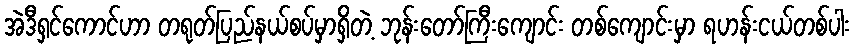
အဲဒီရှင်ကောင်ဟာ တရုတ်ပြည်နယ်စပ်မှာရှိတဲ့ ဘုန်းတော်ကြီးကျောင်း တစ်ကျောင်းမှာ ရဟန်းငယ်တစ်ပါး